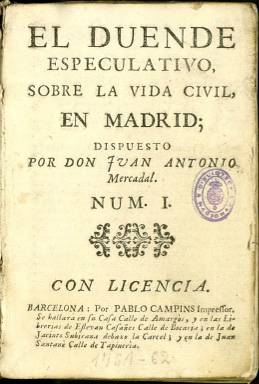
Título: El Duende especulativo sobre la vida civil en Madrid
Otros títulos: Duende especulativo
Colección: Cultura
Ámbito geográfico: Barcelona
Lugar de publicación: Barcelona
Fechas: 01/01/1761-31/12/1761

Esta publicación editada en Barcelona es una reproducción del periódico del mismo título publicado en Madrid, por lo que la descripción de éste sirve para los dos. Hay una pequeña diferencia en esta reimpresión hecha poco después de la publicación original: en algunos de los números hay en la portada un epígrafe indicando el tema de que se trata después de la frase latina.

  Tampoco está completa esta colección en la Biblioteca Nacional de España. En la original falta el último número y de esta reproducción la BNE solo posee 15 números de los 18 que se editaron.

[Descripción publicada el 15/02/2023]